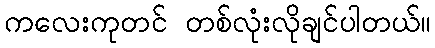
ကလေးကုတင် တစ်လုံးလိုချင်ပါတယ်။